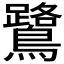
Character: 鷺